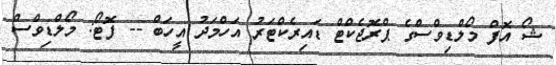
ޝޯ އޮފް މޯލްޑިވްސްގެ ޕްރޮޖެކްޓް ޑައިރެކްޓަރު އަހްމަދު އީހަބް -- ފޮޓޯ: މޯލްޑިވްސް